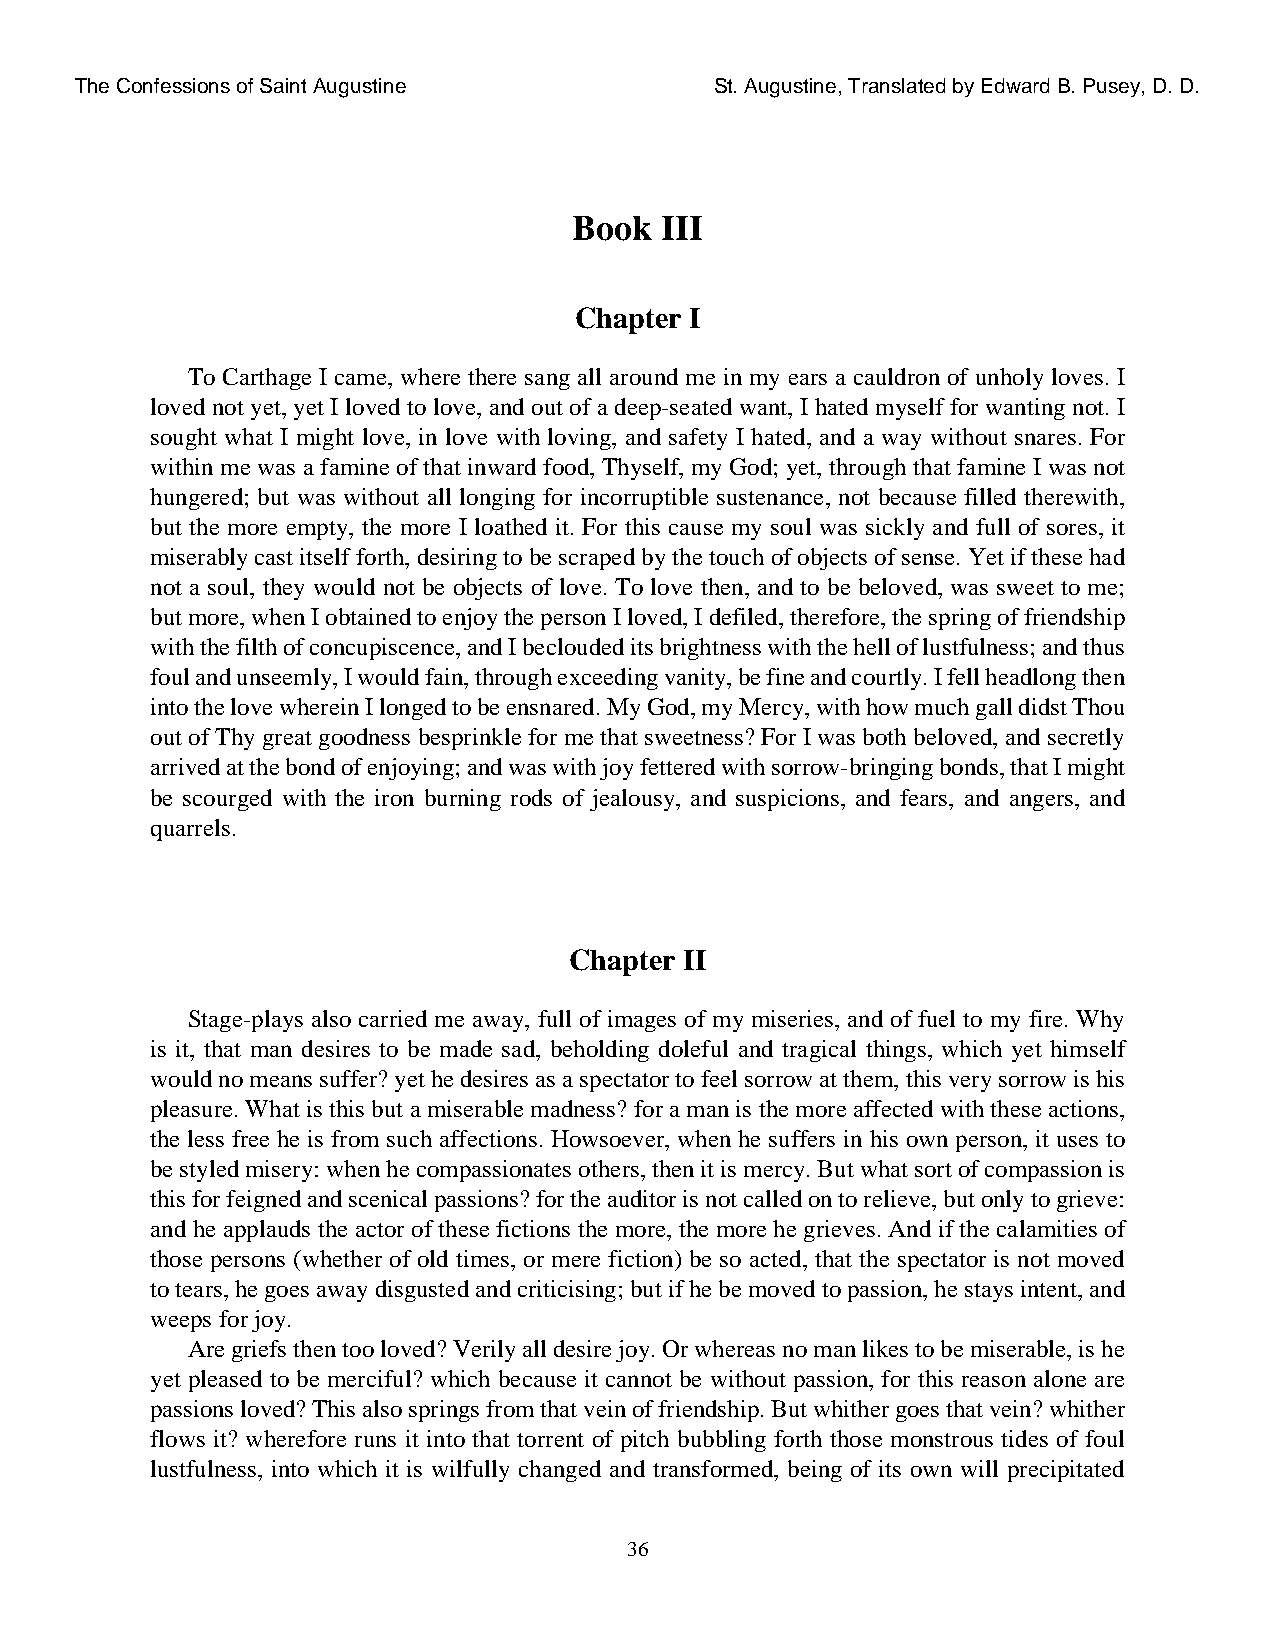
The Confessions of Saint Augustine        St. Augustine, Translated by Edward B. Pusey, D. D.
 Book  III
 Chapter I
 To Carthage I came, where there sang all around me in my ears a cauldron of unholy loves. I
 loved not yet, yet I loved to love, and out of a deep-seated want, I hated myself for wanting not. I
 sought what I might love, in love with loving, and safety I hated, and a way without snares. For
 within me was a famine of that inward food, Thyself, my God; yet, through that famine I was not
 hungered; but was without all longing for incorruptible sustenance, not because filled therewith,
 but the more empty, the more I loathed it. For this cause my soul was sickly and full of sores, it
 miserably cast itself forth, desiring to be scraped by the touch of objects of sense. Yet if these had
 not a soul, they would not be objects of love. To love then, and to be beloved, was sweet to me;
 but more, when I obtained to enjoy the person I loved, I defiled, therefore, the spring of friendship
 with the filth of concupiscence, and I beclouded its brightness with the hell of lustfulness; and thus
 foul and unseemly, I would fain, through exceeding vanity, be fine and courtly. I fell headlong then
 into the love wherein I longed to be ensnared. My God, my Mercy, with how much gall didst Thou
 out of Thy great goodness besprinkle for me that sweetness? For I was both beloved, and secretly
 arrived at the bond of enjoying; and was with joy fettered with sorrow-bringing bonds, that I might
 be scourged with the iron burning rods of jealousy, and suspicions, and fears, and angers, and
 quarrels.
 Chapter II
 Stage-plays also carried me away, full of images of my miseries, and of fuel to my fire. Why
 is it, that man desires to be made sad, beholding doleful and tragical things, which yet himself
 would no means suffer? yet he desires as a spectator to feel sorrow at them, this very sorrow is his
 pleasure. What is this but a miserable madness? for a man is the more affected with these actions,
 the less free he is from such affections. Howsoever, when he suffers in his own person, it uses to
 be styled misery: when he compassionates others, then it is mercy. But what sort of compassion is
 this for feigned and scenical passions? for the auditor is not called on to relieve, but only to grieve:
 and he applauds the actor of these fictions the more, the more he grieves. And if the calamities of
 those persons (whether of old times, or mere fiction) be so acted, that the spectator is not moved
 to tears, he goes away disgusted and criticising; but if he be moved to passion, he stays intent, and
 weeps for joy.
 Are griefs then too loved? Verily all desire joy. Or whereas no man likes to be miserable, is he
 yet pleased to be merciful? which because it cannot be without passion, for this reason alone are
 passions loved? This also springs from that vein of friendship. But whither goes that vein? whither
 flows it? wherefore runs it into that torrent of pitch bubbling forth those monstrous tides of foul
 lustfulness, into which it is wilfully changed and transformed, being of its own will precipitated
 36